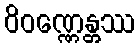
ဝိဝဏ္ဏေန္တဿ